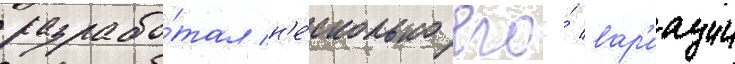
разрабо́тал н'е́сколько его́ вар'иации